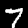
Label: 7